Annual report of the Prince of Wales Medical College, Patna
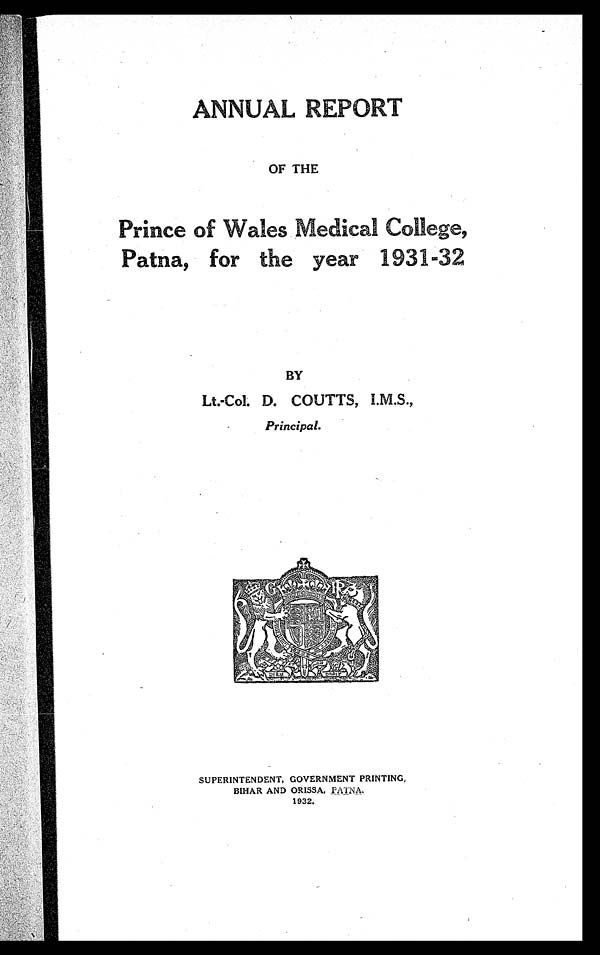
ANNUAL REPORT
OF THE
Prince of Wales Medical College,
Patna, for the year 1931-32
BY
Lt.-Col. D. COUTTS, I.M.S.,
Principal.
SUPERINTENDENT, GOVERNMENT PRINTING,
BIHAR AND ORISSA, PATNA.
1932.